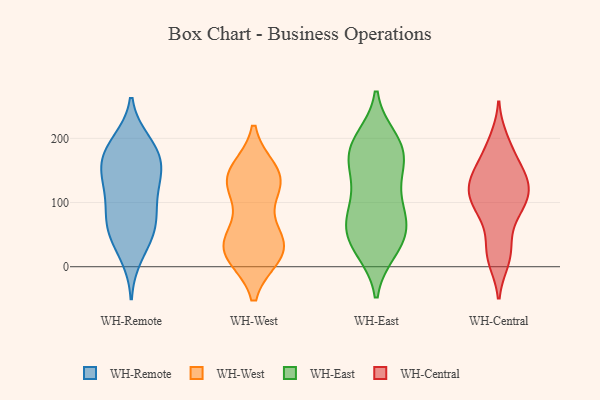
{"axis": {"x": "Conversion Rate (%)", "y": "Value"}, "legend": ["WH-Central", "WH-East", "WH-Remote", "WH-West"], "data": [{"x": "", "y": 139, "type": "WH-Remote"}, {"x": "", "y": 65, "type": "WH-Remote"}, {"x": "", "y": 18, "type": "WH-Remote"}, {"x": "", "y": 168, "type": "WH-Remote"}, {"x": "", "y": 53, "type": "WH-Remote"}, {"x": "", "y": 186, "type": "WH-Remote"}, {"x": "", "y": 71, "type": "WH-Remote"}, {"x": "", "y": 185, "type": "WH-Remote"}, {"x": "", "y": 136, "type": "WH-Remote"}, {"x": "", "y": 166, "type": "WH-Remote"}, {"x": "", "y": 99, "type": "WH-Remote"}, {"x": "", "y": 43, "type": "WH-Remote"}, {"x": "", "y": 123, "type": "WH-Remote"}, {"x": "", "y": 148, "type": "WH-Remote"}, {"x": "", "y": 82, "type": "WH-Remote"}, {"x": "", "y": 194, "type": "WH-Remote"}, {"x": "", "y": 144, "type": "WH-West"}, {"x": "", "y": 36, "type": "WH-West"}, {"x": "", "y": 130, "type": "WH-West"}, {"x": "", "y": 134, "type": "WH-West"}, {"x": "", "y": 139, "type": "WH-West"}, {"x": "", "y": 56, "type": "WH-West"}, {"x": "", "y": 18, "type": "WH-West"}, {"x": "", "y": 25, "type": "WH-West"}, {"x": "", "y": 117, "type": "WH-West"}, {"x": "", "y": 23, "type": "WH-West"}, {"x": "", "y": 149, "type": "WH-West"}, {"x": "", "y": 42, "type": "WH-West"}, {"x": "", "y": 18, "type": "WH-West"}, {"x": "", "y": 65, "type": "WH-East"}, {"x": "", "y": 173, "type": "WH-East"}, {"x": "", "y": 56, "type": "WH-East"}, {"x": "", "y": 86, "type": "WH-East"}, {"x": "", "y": 180, "type": "WH-East"}, {"x": "", "y": 122, "type": "WH-East"}, {"x": "", "y": 25, "type": "WH-East"}, {"x": "", "y": 44, "type": "WH-East"}, {"x": "", "y": 166, "type": "WH-East"}, {"x": "", "y": 168, "type": "WH-East"}, {"x": "", "y": 75, "type": "WH-East"}, {"x": "", "y": 84, "type": "WH-East"}, {"x": "", "y": 148, "type": "WH-East"}, {"x": "", "y": 68, "type": "WH-East"}, {"x": "", "y": 126, "type": "WH-East"}, {"x": "", "y": 27, "type": "WH-East"}, {"x": "", "y": 200, "type": "WH-East"}, {"x": "", "y": 28, "type": "WH-East"}, {"x": "", "y": 193, "type": "WH-East"}, {"x": "", "y": 199, "type": "WH-East"}, {"x": "", "y": 180, "type": "WH-Central"}, {"x": "", "y": 36, "type": "WH-Central"}, {"x": "", "y": 198, "type": "WH-Central"}, {"x": "", "y": 76, "type": "WH-Central"}, {"x": "", "y": 154, "type": "WH-Central"}, {"x": "", "y": 126, "type": "WH-Central"}, {"x": "", "y": 16, "type": "WH-Central"}, {"x": "", "y": 149, "type": "WH-Central"}, {"x": "", "y": 136, "type": "WH-Central"}, {"x": "", "y": 95, "type": "WH-Central"}, {"x": "", "y": 125, "type": "WH-Central"}, {"x": "", "y": 100, "type": "WH-Central"}, {"x": "", "y": 119, "type": "WH-Central"}, {"x": "", "y": 96, "type": "WH-Central"}, {"x": "", "y": 10, "type": "WH-Central"}]}